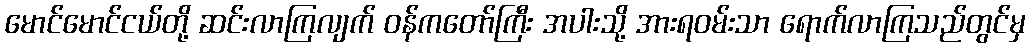
မောင်မောင်ငယ်တို့ ဆင်းလာကြလျက် ဝန်ကတော်ကြီး အပါးသို့ အားရဝမ်းသာ ရောက်လာကြသည်တွင်မှ